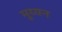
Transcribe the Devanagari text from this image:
मुय्यन